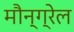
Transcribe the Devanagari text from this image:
मौन्ग्रेल